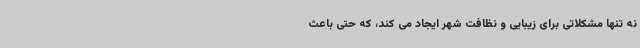
نه تنها مشکلاتی برای زیبایی و نظافت شهر ایجاد می کند، که حتی باعث